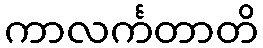
ကာလင်္ကတာတိ